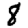
Digit: 8